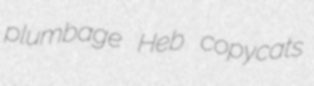
plumbage Heb copycats